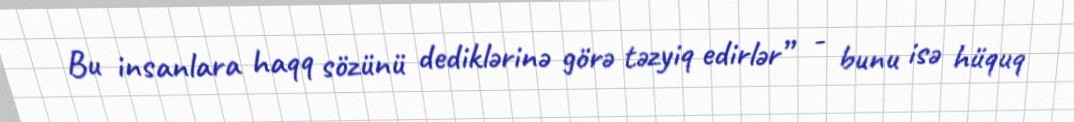
Bu insanlara haqq sözünü dediklərinə görə təzyiq edirlər” - bunu isə hüquq